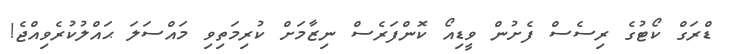
ޑްރަގް ކޯޓުގެ ރިސެސް ފެށުން ވީޑިއޯ ކޮންފަރެސް ނިޒާމަށް ކުރިމަތިވި މައްސަލަ ޙައްލުކުރެވިއްޖެ!